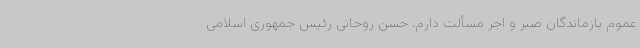
عموم بازماندگان صبر و اجر مسألت دارم. حسن روحانی رئیس جمهوری اسلامی